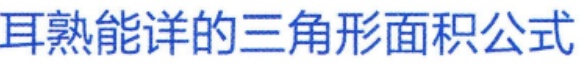
耳熟能详的三角形面积公式